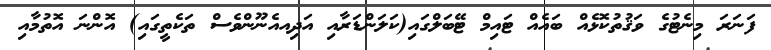
ފަނަރަ މިނެޓުގެ ވަޤުތުކޮޅެއް ބައެއް ޓައިމް ޓޭބަލްގައި(ކަލަންޑަރާއި އަދިއއެނޫންވެސް ތަކެތީގައި) އޮންނަ އޮތުމާއި